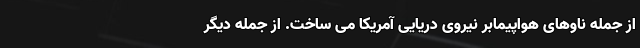
از جمله ناوهای هواپیمابر نیروی دریایی آمریکا می ساخت. از جمله دیگر